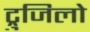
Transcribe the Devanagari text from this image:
ट्रुजिलो